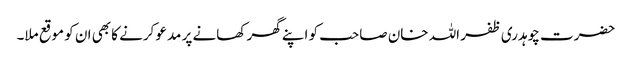
حضرت چوہدری ظفر اللہ خان صاحب کو اپنے گھر کھانے پر مدعو کرنے کا بھی ان کو موقع ملا۔